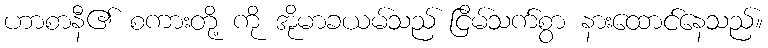
ဟာစာနီ၏ စကားတို့ ကို အိုမာခယမ်သည် ငြိမ်သက်စွာ နားထောင်နေသည်။